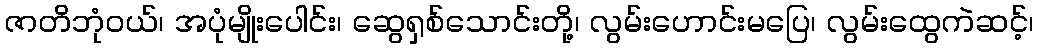
ဇာတိဘုံဝယ်၊ အပုံမျိုးပေါင်း၊ ဆွေရှစ်သောင်းတို့၊ လွမ်းဟောင်းမပြေ၊ လွမ်းထွေကဲဆင့်၊